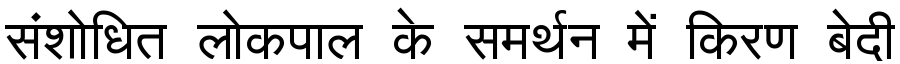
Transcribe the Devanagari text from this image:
संशोधित लोकपाल के समर्थन में किरण बेदी